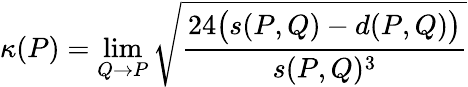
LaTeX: \kappa(P)=\operatorname*{lim}_{Q\to P}{\sqrt{\frac{24{\bigl(}s(P,Q)-d(P,Q){\bigr)}}{s(P,Q)^{3}}}}